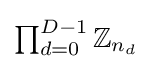
{\textstyle \prod _{d=0}^{D-1}\mathbb {Z} _{n_{d}}}